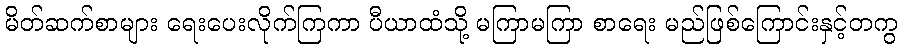
မိတ်ဆက်စာများ ရေးပေးလိုက်ကြကာ ပီယာထံသို့ မကြာမကြာ စာရေး မည်ဖြစ်ကြောင်းနှင့်တကွ